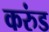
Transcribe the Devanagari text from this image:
करुंड